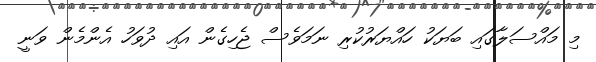
މި މައްސަލާގައި ބަޔަކު ހައްޔަރުުކުރި ނަމަވެސް ޖެހިގެން އައި ދުވަހު އެންމެން ވަނީ